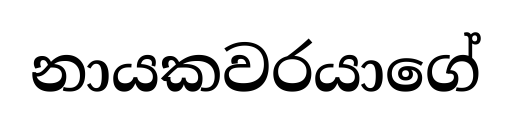
නායකවරයාගේ